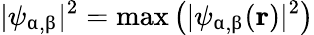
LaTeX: |\psi_{\upalpha,\upbeta}|^{2}=\mathrm{max}\left(|\psi_{\upalpha,\upbeta}(\textbf{r})|^{2}\right)